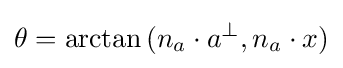
\theta =\arctan {(n_{a}\cdot a^{\perp },n_{a}\cdot x)}